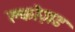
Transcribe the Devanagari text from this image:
क्लोज़ड